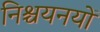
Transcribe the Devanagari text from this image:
निश्चयनयों